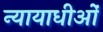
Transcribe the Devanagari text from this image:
न्यायाधीओं